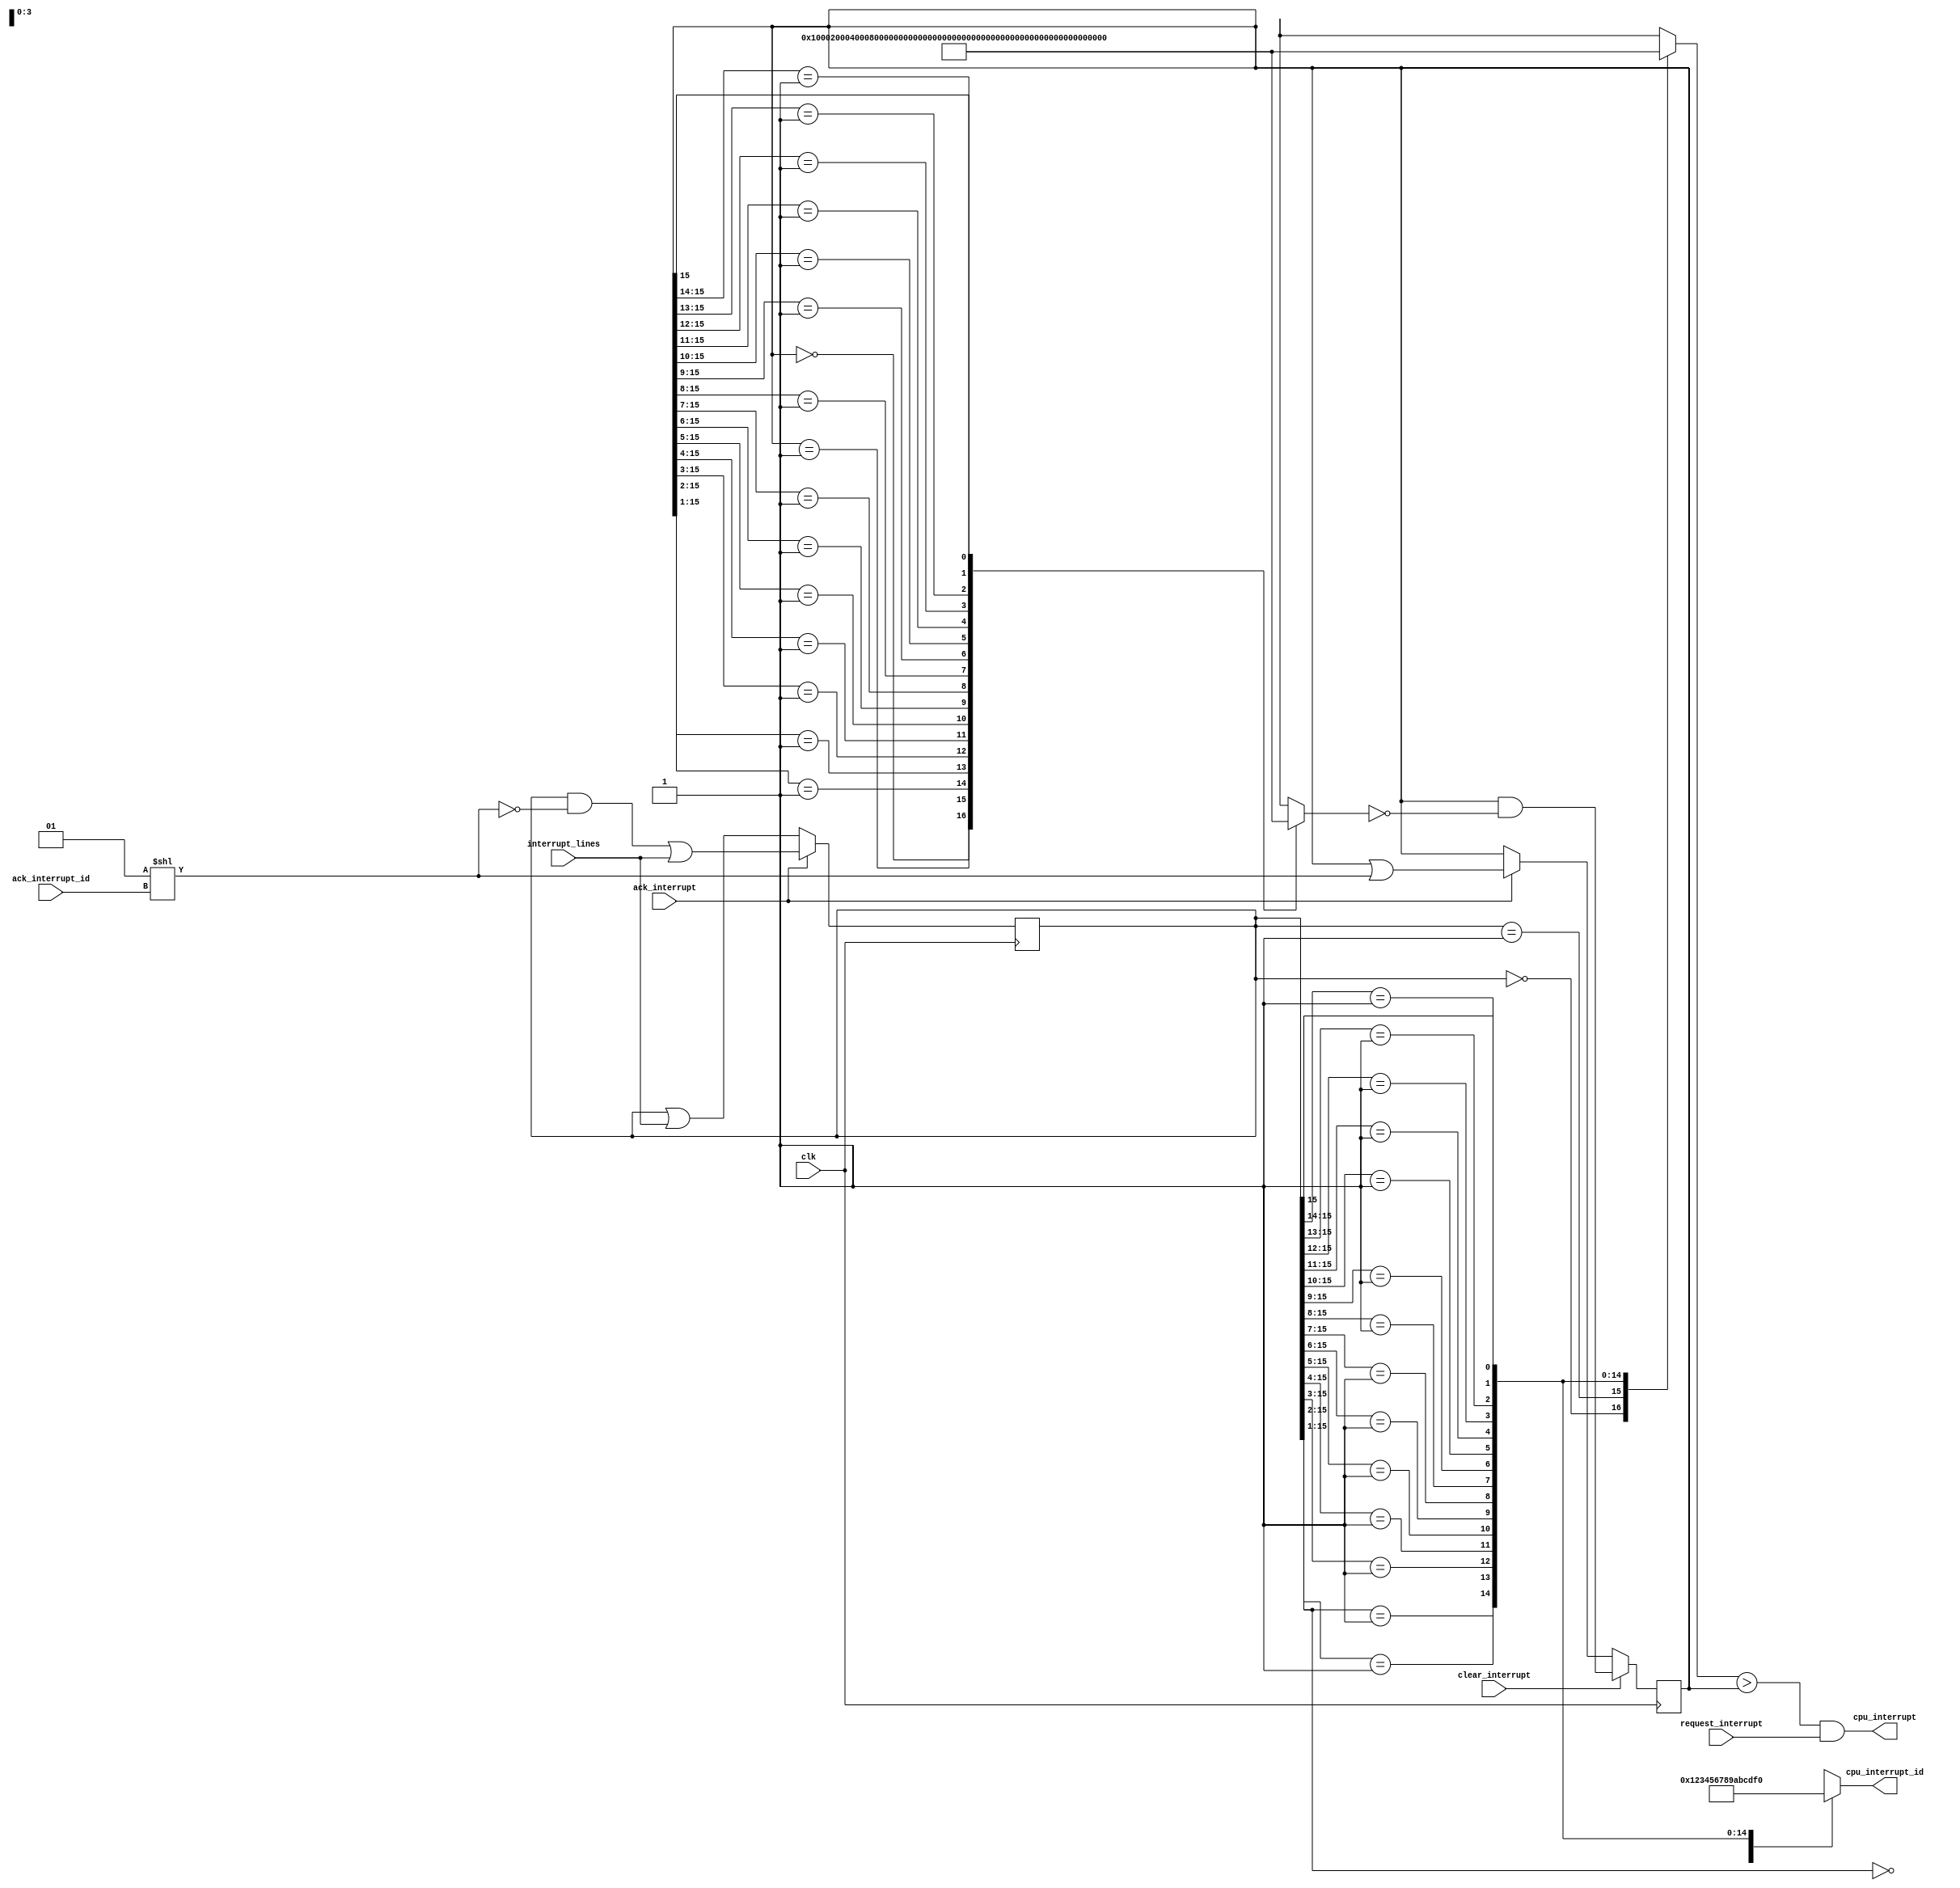
`timescale 1ns / 1ps
//////////////////////////////////////////////////////////////////////////////////
// Company: 
// 
// Design Name: 
// Module Name:    interrupt_controller 
// Project Name: 
// Target Devices: 
// Tool versions: 
// Description: 
//
// Dependencies: 
//
// Revision: 
// Revision 0.01 - File Created
// Additional Comments: 
//
//////////////////////////////////////////////////////////////////////////////////
module interrupt_controller(
                            input        clk,
                            input        request_interrupt,
                            input        clear_interrupt,
                            input        ack_interrupt,
                            input [3:0]  ack_interrupt_id,
                            input [15:0] interrupt_lines,
                            output       cpu_interrupt,
                            output [3:0] cpu_interrupt_id
                            );   
   reg [15:0]                            handling = 16'b0;
   reg [15:0]                            pending = 16'b0;
   reg [15:0]                            highest_handling_bit = 16'b0;
   reg [15:0]                            highest_pending_bit = 16'b0;
   reg [3:0]                             highest_pending_id = 4'b0;
   wire [15:0]                           ack_interrupt_bit = 2**ack_interrupt_id;

   assign cpu_interrupt = (highest_pending_bit > handling) && request_interrupt;
   assign cpu_interrupt_id = highest_pending_id;
   always @(posedge clk)
     if (ack_interrupt)
       pending <= (pending & ~ack_interrupt_bit) | interrupt_lines;
     else
       pending <= pending | interrupt_lines;
   
   always @(posedge clk)
     if (clear_interrupt)
       handling <= handling & ~highest_handling_bit;
     else if (ack_interrupt)
       handling <= handling | ack_interrupt_bit;
   
   always @(pending)
     casez (pending)
       16'b0000_0000_0000_0000 : highest_pending_bit = 16'h0;
       16'b0000_0000_0000_0001 : highest_pending_bit = 16'h1;
       16'b0000_0000_0000_001z : highest_pending_bit = 16'h2;
       16'b0000_0000_0000_01zz : highest_pending_bit = 16'h4;
       16'b0000_0000_0000_1zzz : highest_pending_bit = 16'h8;
       16'b0000_0000_0001_zzzz : highest_pending_bit = 16'h10;
       16'b0000_0000_001z_zzzz : highest_pending_bit = 16'h20;
       16'b0000_0000_01zz_zzzz : highest_pending_bit = 16'h40;
       16'b0000_0000_1zzz_zzzz : highest_pending_bit = 16'h80;
       16'b0000_0001_zzzz_zzzz : highest_pending_bit = 16'h100;
       16'b0000_001z_zzzz_zzzz : highest_pending_bit = 16'h200;
       16'b0000_01zz_zzzz_zzzz : highest_pending_bit = 16'h400;
       16'b0000_1zzz_zzzz_zzzz : highest_pending_bit = 16'h800;
       16'b0001_zzzz_zzzz_zzzz : highest_pending_bit = 16'h1000;
       16'b001z_zzzz_zzzz_zzzz : highest_pending_bit = 16'h2000;
       16'b01zz_zzzz_zzzz_zzzz : highest_pending_bit = 16'h4000;
       16'b1zzz_zzzz_zzzz_zzzz : highest_pending_bit = 16'h8000;
     endcase // casez (pending)
   
   always @(pending)
     casez (pending)
       16'b0000_0000_0000_000z : highest_pending_id = 4'd0;
       16'b0000_0000_0000_001z : highest_pending_id = 4'd1;
       16'b0000_0000_0000_01zz : highest_pending_id = 4'd2;
       16'b0000_0000_0000_1zzz : highest_pending_id = 4'd3;
       16'b0000_0000_0001_zzzz : highest_pending_id = 4'd4;
       16'b0000_0000_001z_zzzz : highest_pending_id = 4'd5;
       16'b0000_0000_01zz_zzzz : highest_pending_id = 4'd6;
       16'b0000_0000_1zzz_zzzz : highest_pending_id = 4'd7;
       16'b0000_0001_zzzz_zzzz : highest_pending_id = 4'd8;
       16'b0000_001z_zzzz_zzzz : highest_pending_id = 4'd9;
       16'b0000_01zz_zzzz_zzzz : highest_pending_id = 4'd10;
       16'b0000_1zzz_zzzz_zzzz : highest_pending_id = 4'd11;
       16'b0001_zzzz_zzzz_zzzz : highest_pending_id = 4'd12;
       16'b001z_zzzz_zzzz_zzzz : highest_pending_id = 4'd13;
       16'b01zz_zzzz_zzzz_zzzz : highest_pending_id = 4'd14;
       16'b1zzz_zzzz_zzzz_zzzz : highest_pending_id = 4'd15;
     endcase // case (handling)
   
   /*   always @(handling)
    casez (handling)
    16'b0000_0000_0000_000z : highest_handling_id = 4'd0;
    16'b0000_0000_0000_001z : highest_handling_id = 4'd1;
    16'b0000_0000_0000_01zz : highest_handling_id = 4'd2;
    16'b0000_0000_0000_1zzz : highest_handling_id = 4'd3;
    16'b0000_0000_0001_zzzz : highest_handling_id = 4'd4;
    16'b0000_0000_001z_zzzz : highest_handling_id = 4'd5;
    16'b0000_0000_01zz_zzzz : highest_handling_id = 4'd6;
    16'b0000_0000_1zzz_zzzz : highest_handling_id = 4'd7;
    16'b0000_0001_zzzz_zzzz : highest_handling_id = 4'd8;
    16'b0000_001z_zzzz_zzzz : highest_handling_id = 4'd9;
    16'b0000_01zz_zzzz_zzzz : highest_handling_id = 4'd10;
    16'b0000_1zzz_zzzz_zzzz : highest_handling_id = 4'd11;
    16'b0001_zzzz_zzzz_zzzz : highest_handling_id = 4'd12;
    16'b001z_zzzz_zzzz_zzzz : highest_handling_id = 4'd13;
    16'b01zz_zzzz_zzzz_zzzz : highest_handling_id = 4'd14;
    16'b1zzz_zzzz_zzzz_zzzz : highest_handling_id = 4'd15;
     endcase // case (handling)*/

   always @(handling)
     casez (handling)
       16'b0000_0000_0000_0000 : highest_handling_bit = 16'h0;
       16'b0000_0000_0000_0001 : highest_handling_bit = 16'h1;
       16'b0000_0000_0000_001z : highest_handling_bit = 16'h2;
       16'b0000_0000_0000_01zz : highest_handling_bit = 16'h4;
       16'b0000_0000_0000_1zzz : highest_handling_bit = 16'h8;
       16'b0000_0000_0001_zzzz : highest_handling_bit = 16'h10;
       16'b0000_0000_001z_zzzz : highest_handling_bit = 16'h20;
       16'b0000_0000_01zz_zzzz : highest_handling_bit = 16'h40;
       16'b0000_0000_1zzz_zzzz : highest_handling_bit = 16'h80;
       16'b0000_0001_zzzz_zzzz : highest_handling_bit = 16'h100;
       16'b0000_001z_zzzz_zzzz : highest_handling_bit = 16'h200;
       16'b0000_01zz_zzzz_zzzz : highest_handling_bit = 16'h400;
       16'b0000_1zzz_zzzz_zzzz : highest_handling_bit = 16'h800;
       16'b0001_zzzz_zzzz_zzzz : highest_handling_bit = 16'h1000;
       16'b001z_zzzz_zzzz_zzzz : highest_handling_bit = 16'h2000;
       16'b01zz_zzzz_zzzz_zzzz : highest_handling_bit = 16'h4000;
       16'b1zzz_zzzz_zzzz_zzzz : highest_handling_bit = 16'h8000;
     endcase // casez (handling)
endmodule